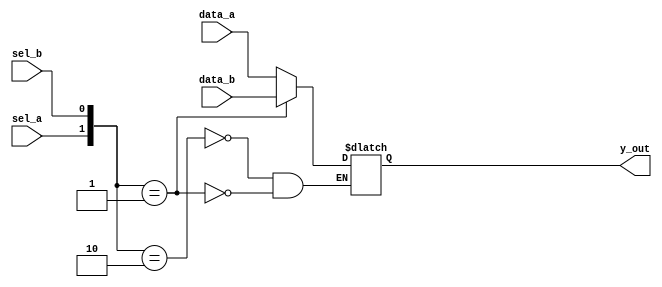
module mux_latch (y_out, sel_a, sel_b, data_a, data_b);
  output 		y_out; 
  input 		sel_a, sel_b, data_a, data_b;
  reg 		y_out;

  always @ ( sel_a or sel_b or data_a or data_b)
  case ({sel_a, sel_b})
    2'b10: y_out = data_a;
    2'b01: y_out = data_b;
  endcase
endmodule